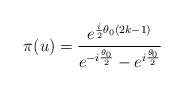
LaTeX: \begin{align*}\pi(u)=\frac{e^{\frac{i}{2}\theta_{0}(2k-1)}}{e^{-i\frac{\theta_{0}}{2}} -e^{i\frac{\theta_{0}}{2}}}\end{align*}